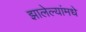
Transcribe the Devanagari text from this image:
झालेल्यांमधे